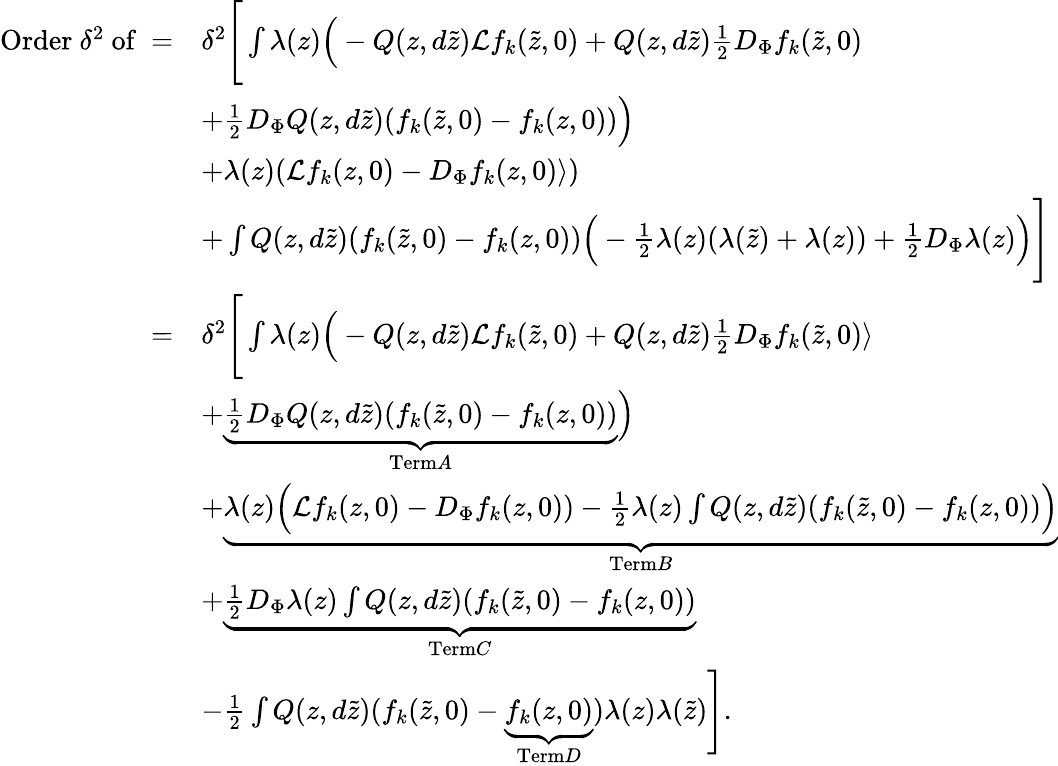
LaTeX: \begin{array}{rl}{\mathrm{Order~}\delta^{2}\mathrm{~of~}=}&{\delta^{2}\Bigg[\int\lambda(z)\Big(-Q(z,d\tilde{z})\mathcal{L}f_{k}(\tilde{z},0)+Q(z,d\tilde{z})\frac{1}{2}D_{\Phi}f_{k}(\tilde{z},0)}\\ &{+\frac{1}{2}D_{\Phi}Q(z,d\tilde{z})(f_{k}(\tilde{z},0)-f_{k}(z,0))\Big)}\\ &{+\lambda(z)(\mathcal{L}f_{k}(z,0)-D_{\Phi}f_{k}(z,0)\rangle)}\\ &{+\int Q(z,d\tilde{z})(f_{k}(\tilde{z},0)-f_{k}(z,0))\Big(-\frac{1}{2}\lambda(z)(\lambda(\tilde{z})+\lambda(z))+\frac{1}{2}D_{\Phi}\lambda(z)\Big)\Bigg]}\\ {=}&{\delta^{2}\Bigg[\int\lambda(z)\Big(-Q(z,d\tilde{z})\mathcal{L}f_{k}(\tilde{z},0)+Q(z,d\tilde{z})\frac{1}{2}D_{\Phi}f_{k}(\tilde{z},0)\rangle}\\ &{+\underbrace{\frac{1}{2}D_{\Phi}Q(z,d\tilde{z})(f_{k}(\tilde{z},0)-f_{k}(z,0))}_{\textnormal{Term}A}\Big)}\\ &{+\underbrace{\lambda(z)\Big(\mathcal{L}f_{k}(z,0)-D_{\Phi}f_{k}(z,0))-\frac{1}{2}\lambda(z)\int Q(z,d\tilde{z})(f_{k}(\tilde{z},0)-f_{k}(z,0))\Big)}_{\textnormal{Term}B}}\\ &{+\underbrace{\frac{1}{2}D_{\Phi}\lambda(z)\int Q(z,d\tilde{z})(f_{k}(\tilde{z},0)-f_{k}(z,0))}_{\textnormal{Term}C}}\\ &{-\frac{1}{2}\int Q(z,d\tilde{z})(f_{k}(\tilde{z},0)-\underbrace{f_{k}(z,0)}_{\textnormal{Term}D})\lambda(z)\lambda(\tilde{z})\Bigg].}\end{array}